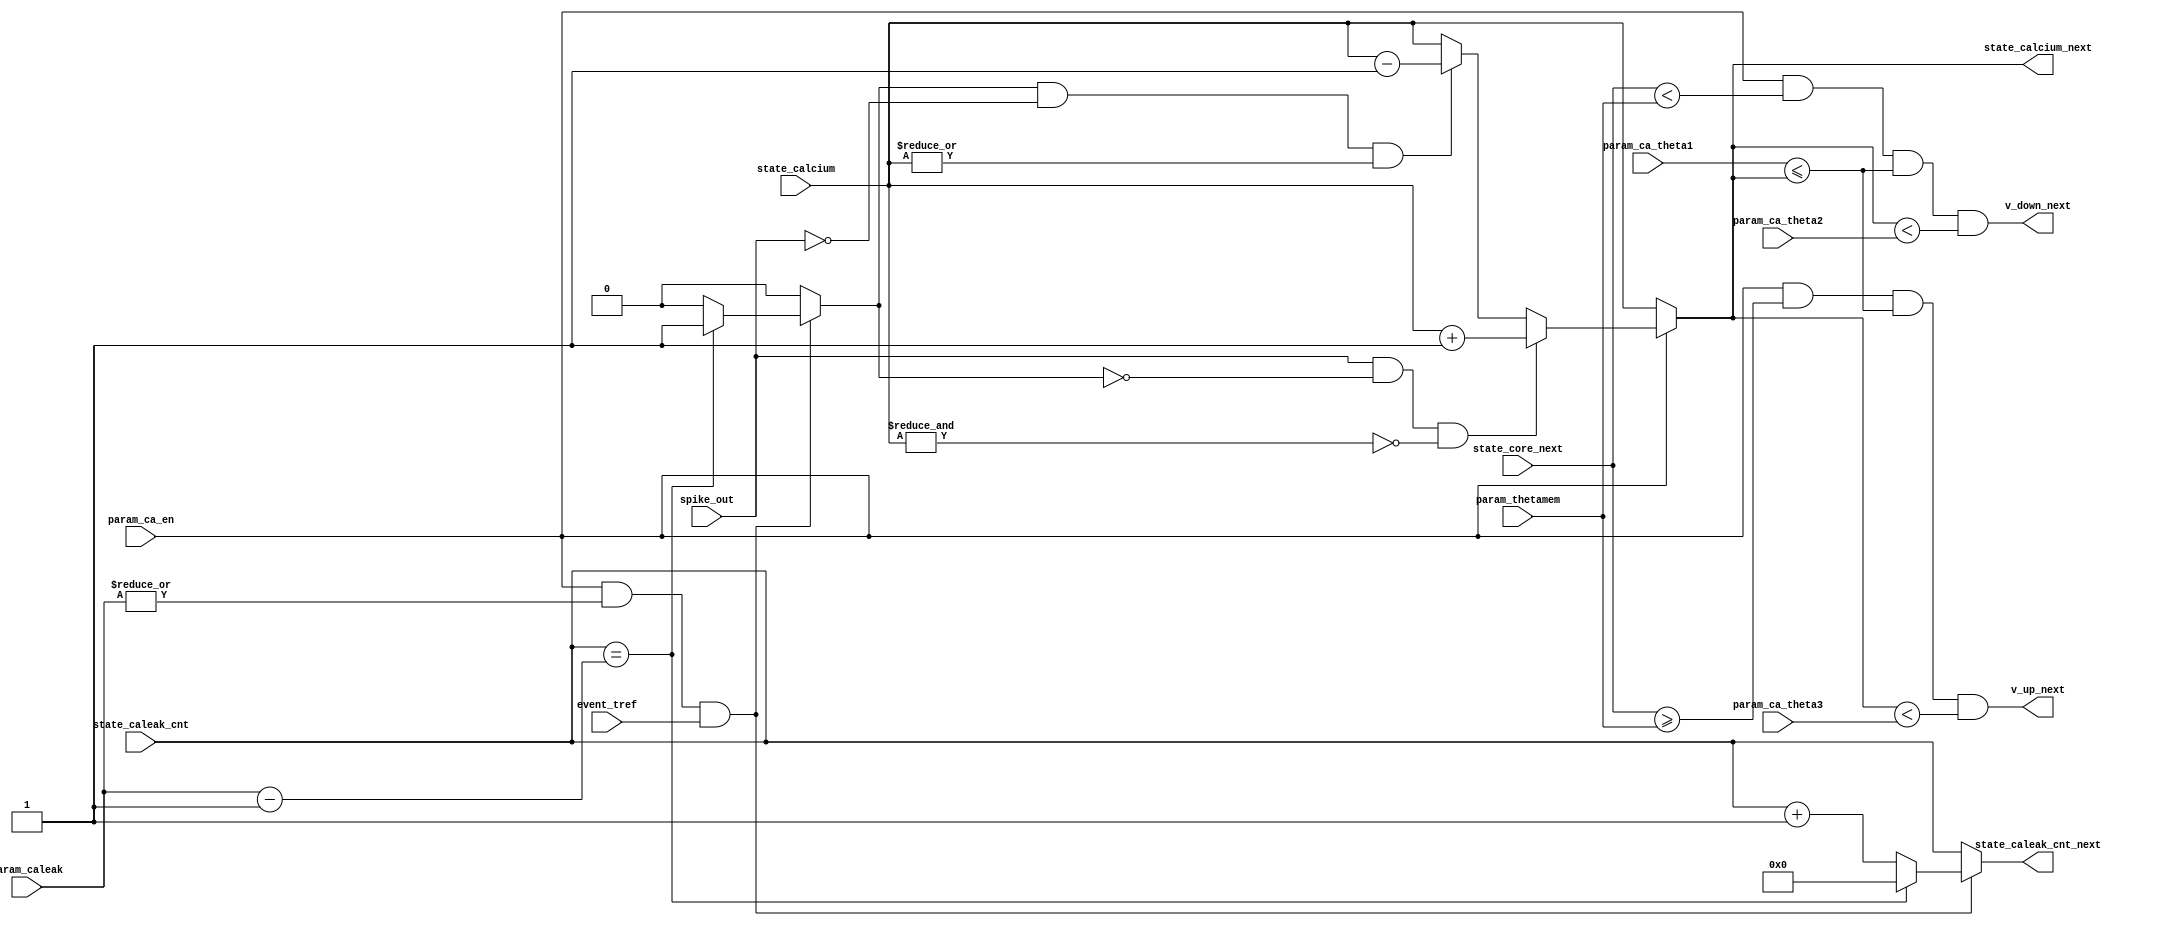
module lif_calcium ( 
    input  wire                 param_ca_en,             // calcium concentration enable parameter
    input  wire [          7:0] param_thetamem,          // membrane threshold parameter              [SDSP]
    input  wire [          2:0] param_ca_theta1,         // calcium threshold 1parameter              [SDSP]
    input  wire [          2:0] param_ca_theta2,         // calcium threshold 2 parameter             [SDSP]
    input  wire [          2:0] param_ca_theta3,         // calcium threshold 3 parameter             [SDSP]
    input  wire [          4:0] param_caleak,            // calcium leakage strength parameter        [SDSP]
    input  wire [          2:0] state_calcium,           // calcium concentration state from SRAM     [SDSP]
    input  wire [          4:0] state_caleak_cnt,        // calcium leakage state from SRAM           [SDSP]
    input  wire [          7:0] state_core_next,         // next membrane potential state to SRAM 
    input  wire                 spike_out,               // neuron spike event signal
    input  wire                 event_tref,              // time reference event signal
    output wire                 v_up_next,               // next SDSP UP condition value signal       [SDSP]
    output wire                 v_down_next,             // next SDSP DOWN condition value signal     [SDSP]
    output reg  [          2:0] state_calcium_next,      // next calcium concentration state to SRAM  [SDSP]
    output reg  [          4:0] state_caleak_cnt_next    // next calcium leakage state to SRAM        [SDSP]
);


    reg    ca_leak;

    assign v_up_next   = param_ca_en && (state_core_next >= param_thetamem) && (param_ca_theta1 <= state_calcium_next) && (state_calcium_next < param_ca_theta3);
    assign v_down_next = param_ca_en && (state_core_next <  param_thetamem) && (param_ca_theta1 <= state_calcium_next) && (state_calcium_next < param_ca_theta2);

    always @(*) begin 

        if (param_ca_en)
            if (spike_out && ~ca_leak && ~&state_calcium)
                state_calcium_next = state_calcium + 3'b1;
            else if (ca_leak && ~spike_out && |state_calcium)
                state_calcium_next = state_calcium - 3'b1;
            else
                state_calcium_next = state_calcium;
        else
            state_calcium_next = state_calcium;
    end

    always @(*) begin 

        if (param_ca_en && |param_caleak && event_tref)
            if (state_caleak_cnt == (param_caleak - 5'b1)) begin
                state_caleak_cnt_next = 5'b0;
                ca_leak               = 1'b1;
            end else begin
                state_caleak_cnt_next = state_caleak_cnt + 5'b1;
                ca_leak               = 1'b0;
            end
        else begin
            state_caleak_cnt_next = state_caleak_cnt;
            ca_leak               = 1'b0;
        end
    end

endmodule